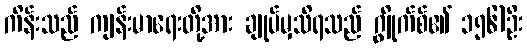
ကိန်းသည် ကျန်းမာရေးတို့အား ချုပ်မှသိရသည် ဂျွိုက်စ်၏ ၁၅၆)ဦး